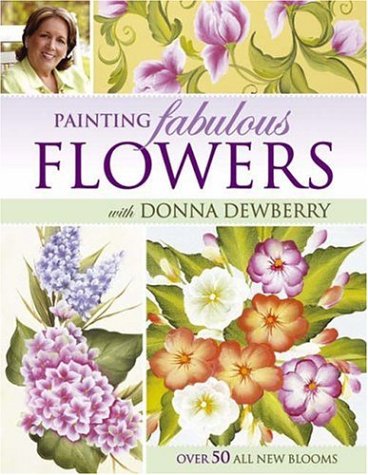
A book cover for Painting Fabulous Flowers with Donna Dewberry; Donna Dewberry; Arts & Photography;